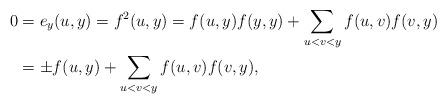
LaTeX: \begin{align*}0&=e_y(u,y)=f^2(u,y)=f(u,y)f(y,y)+\sum_{u<v<y}f(u,v)f(v,y)\\&=\pm f(u,y)+\sum_{u<v<y}f(u,v)f(v,y),\end{align*}